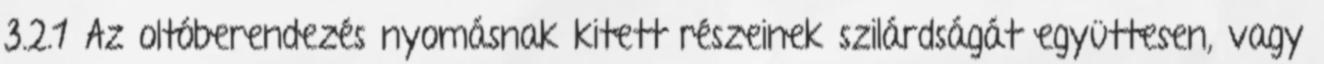
3.2.1 Az oltóberendezés nyomásnak kitett részeinek szilárdságát együttesen, vagy